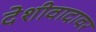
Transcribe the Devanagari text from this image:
देशीवादावर